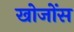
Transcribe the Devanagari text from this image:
खोजोंस